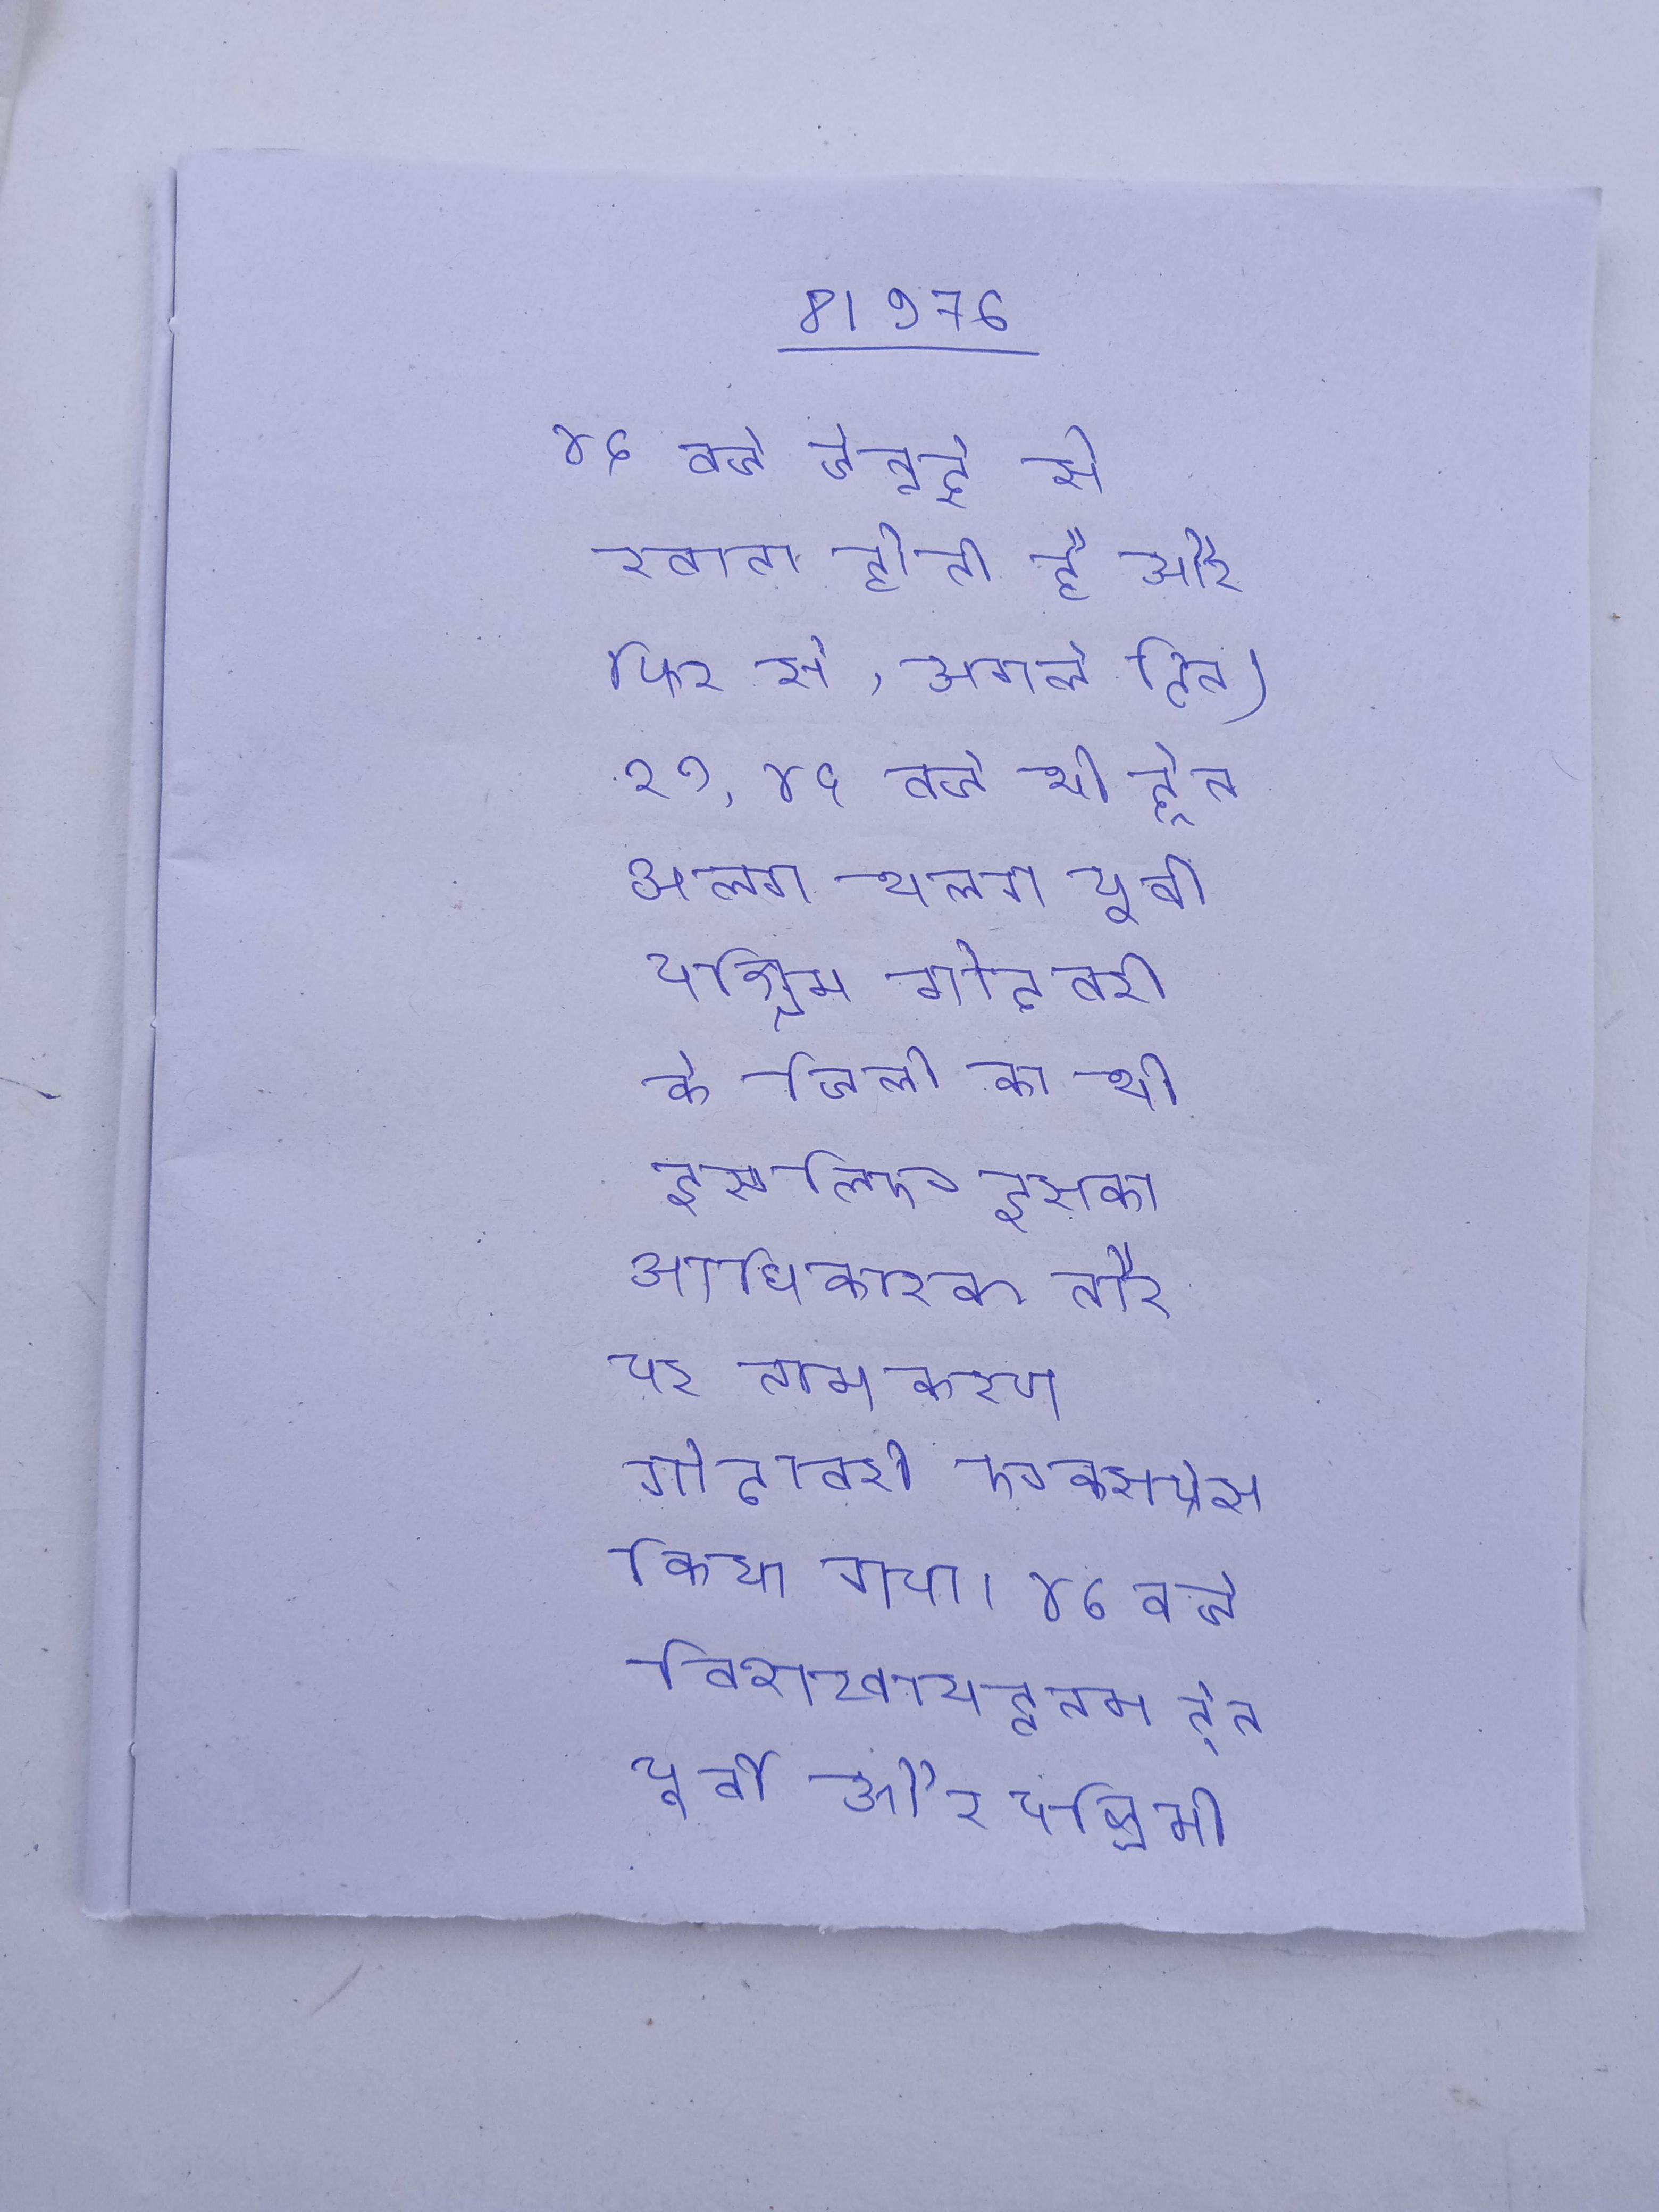
४५ बजे चेन्नई से रवाना होती है और (फिर से, अगले दिन्) १२ . ४५ बजे थी ट्रैन अलग थलग पूर्वी पश्चिम गोदावरी के जिलो को थी इसलिए इसका अाधिकारक तौर पर नामकरण गोदावरी एक्सप्रेस किया गया । ४५ बजे विशाखापट्टनम ट्रेन पूर्वी और पश्चिमी गोदावरी के सुनसान शहरो नौ स्टेशनो पर रेल कनेक्टिविटी प्रदान करती है, इसलिये आधिकारिक तौर पर इसे गोदावरी एक्सप्रेस नाम दिया गया है ।